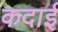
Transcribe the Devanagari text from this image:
कदाई